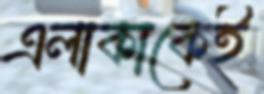
এলাকাকেই